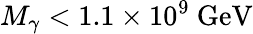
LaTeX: M_{\gamma}<1.1\times 10^{9}~\mathrm{GeV}